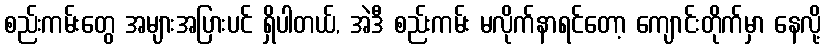
စည်းကမ်းတွေ အများအပြားပင် ရှိပါတယ်, အဲဒီ စည်းကမ်း မလိုက်နာရင်တော့ ကျောင်းတိုက်မှာ နေလို့